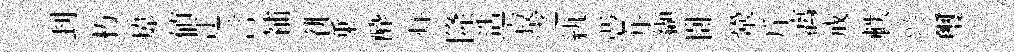
刲朽煒值迂言補徘乗酔炷隆造寂㝎紈憑并纈卧鞏斤漓戒軼兴璽